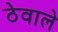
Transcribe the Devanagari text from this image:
ठेवाले